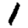
Digit: 1